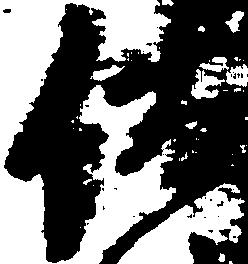
佐